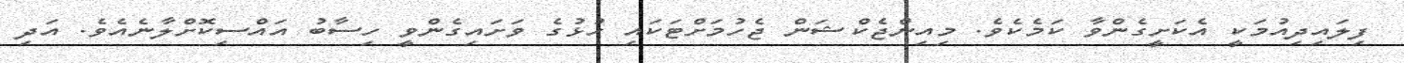
ފިލައިދިއުމަކީ އެކަށީގެންވާ ކަމެކެވެ. މިއިންޖެކްޝަން ޖެހުމަށްޓަކައި ހުޅުގެ ވަށައިގެންވީ ހިސާބު އައްސިކޮށްލާނެއެވެ. އަދި